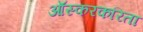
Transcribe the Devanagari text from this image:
ऑस्करकरिता